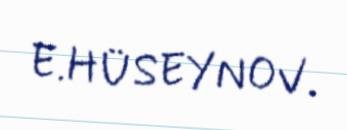
E.HÜSEYNOV.